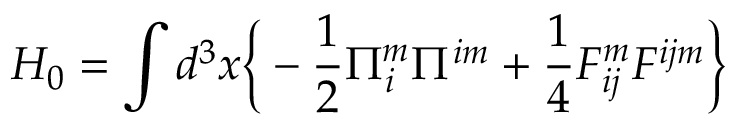
H _ { 0 } = \int d ^ { 3 } x \bigg \{ - \frac { 1 } { 2 } \Pi _ { i } ^ { m } \Pi ^ { i m } + \frac { 1 } { 4 } F _ { i j } ^ { m } F ^ { i j m } \bigg \}